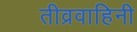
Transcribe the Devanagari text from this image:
तीव्रवाहिनी